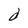
Character: d